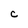
Character: C